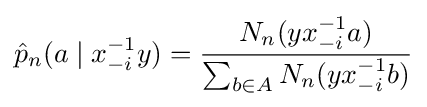
{\hat {p}}_{n}(a\mid x_{-i}^{-1}y)={\frac {N_{n}(yx_{-i}^{-1}a)}{\sum _{b\in A}N_{n}(yx_{-i}^{-1}b)}}